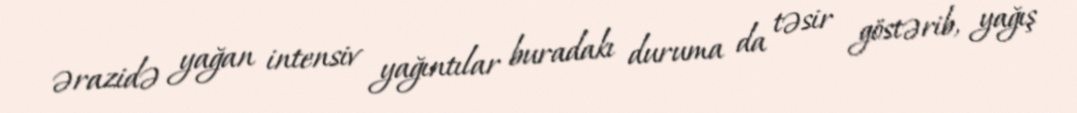
ərazidə yağan intensiv yağıntılar buradakı duruma da təsir göstərib, yağış